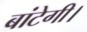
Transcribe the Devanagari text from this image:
बांटेगी।